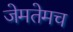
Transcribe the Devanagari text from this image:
जेमतेमच